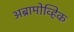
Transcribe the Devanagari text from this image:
अब्रामोव्हिक